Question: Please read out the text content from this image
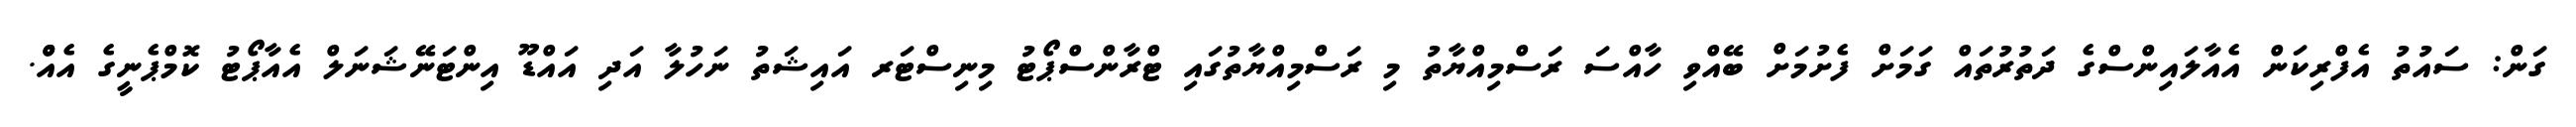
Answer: ގަން: ސައުތު އެފްރިކަން އެއާލައިންސްގެ ދަތުރުތައް ގަމަށް ފެށުމަށް ބޭއްވި ހާއްސަ ރަސްމިއްޔާތު މި ރަސްމިއްޔާތުގައި ޓްރާންސްޕޯޓު މިނިސްޓަރ އައިޝަތު ނަހުލާ އަދި އައްޑޫ އިންޓަނޭޝަނަލް އެއާޕޯޓު ކޮމްޕެނީގެ އެއްް.